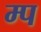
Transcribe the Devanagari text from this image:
म्प